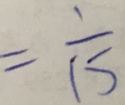
= \frac { 1 } { 1 5 }